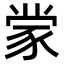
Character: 䝉